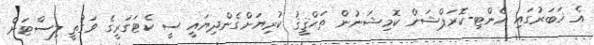
އެ ޚަބަރުގައި އެންޓި-ކޮރަޕްޝަން ކޮމިޝަނުން ތަޙްޤީޤު ކުރިޔަށްގެންދިޔައީ ސީ ކެޓަގަރީގެ ވަގުތީ ލިސްޓަށް